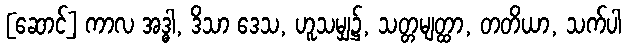
[ဆောင်] ကာလ အဒ္ဓါ, ဒိသာ ဒေသ, ဟူသမျှ၌, သတ္တမျတ္ထာ, တတိယာ, သက်ပါ